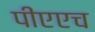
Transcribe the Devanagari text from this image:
पीएएच